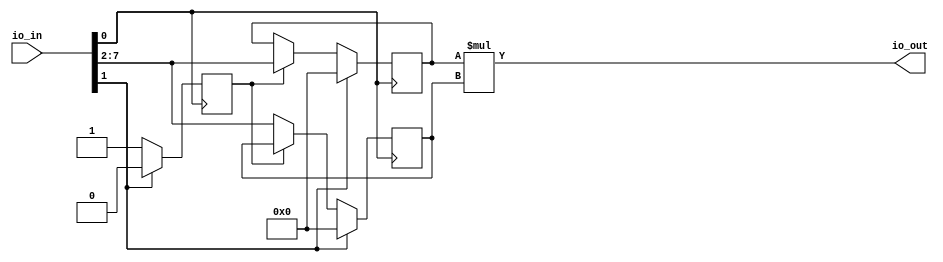
`default_nettype none

// copy parameters to tb.v, ttfir.v, test.py
// as files may be used individually
module gbsha_top #(parameter N_TAPS = 1,
                             BW_in = 6,
                             BW_product = 12,
                             BW_out = 8
                             )
(
  input [7:0] io_in,
  output [7:0] io_out
);
    // control signals
    wire clk = io_in[0];
    wire reset = io_in[1];
    reg coefficient_loaded;

    // inputs and output
    wire signed [BW_in - 1:0] x_in = io_in[BW_in - 1 + 2:2];
    wire signed [BW_out - 1:0] y_out;
    assign io_out[BW_out - 1:0] = y_out;
    if (BW_out < 8)
        assign io_out[7:BW_out] = 0;

    // storage for input, multiplier, output
    reg signed [BW_in - 1:0] coefficient;
    reg signed [BW_in - 1:0] x;
    wire signed [BW_product - 1:0] product;

    always @(posedge clk) begin
        // initialize shift register with zeros
        if (reset) begin
            x <= 0;
            coefficient <= 0;
            coefficient_loaded <= 0;
        end else if (!coefficient_loaded) begin
            coefficient <= x_in;
            coefficient_loaded <= 1;
        end else begin
            x <= x_in;
        end
    end

    assign product = x * coefficient;
    assign y_out = product[BW_out - 1:0];
endmodule